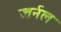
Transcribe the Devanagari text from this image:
ज्रर्नल